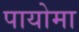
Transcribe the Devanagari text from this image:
पायोमा